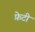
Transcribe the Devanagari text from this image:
फ़ेटी